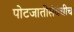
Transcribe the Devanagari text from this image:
पोटजातीसंबंधीच